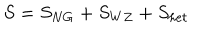
S = S _ { N G } + S _ { W Z } + S _ { h e t }